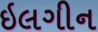
ઇલગીન